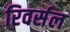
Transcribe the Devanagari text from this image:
रिवर्सल